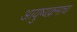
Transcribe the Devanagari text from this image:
आयुष्यक्रमाचा